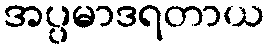
အပ္ပမာဒရတာယ